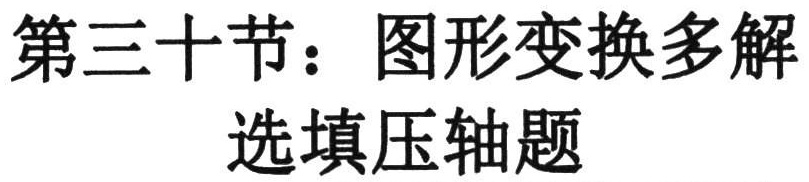
第三十节：图形变换多解
选填压轴题